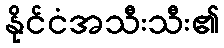
နိုင်ငံအသီးသီး၏